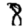
Digit: 8